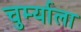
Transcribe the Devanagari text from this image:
चुर्म्याला